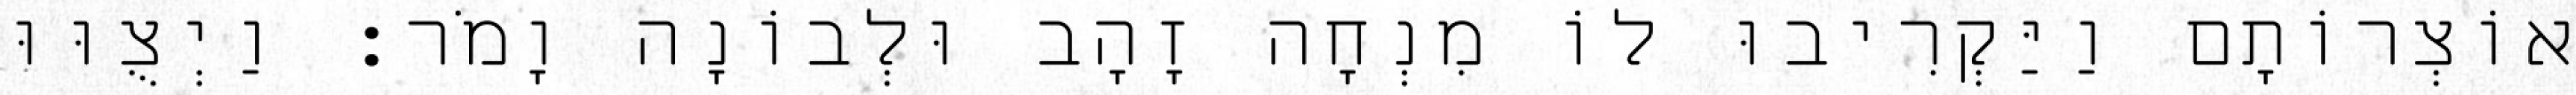
אוֹצְרוֹתָם וַיַּקְרִיבוּ לוֹ מִנְחָה זָהָב וּלְבוֹנָה וָמֹר׃ וַיְצֻוּוּ